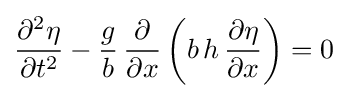
{\frac {\partial ^{2}\eta }{\partial t^{2}}}-{\frac {g}{b}}\,{\frac {\partial }{\partial x}}\left(b\,h\,{\frac {\partial \eta }{\partial x}}\right)=0